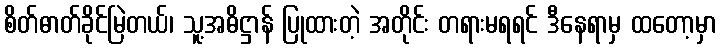
စိတ်ဓာတ်ခိုင်မြဲတယ်၊ သူ့အဓိဋ္ဌာန် ပြုထားတဲ့ အတိုင်း တရားမရရင် ဒီနေရာမှ ထတော့မှာ